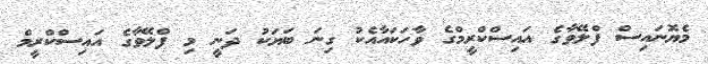
މެޔޮނައިސް ފްލޭވާގެ އައިސްކްރީމްގެ ވާހަކައާއެކު ގިނަ ބަޔަކު ދަނީ މި ފްލޭވާގެ އައިސްކްރީމް